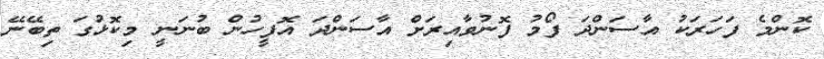
ކޮންމެ ފަހަރަކު އާސަންދަ ފޯމު ފޮނުވާއިރަށް އާސަންދަ އޮފީހުން ބުނަނީ މިކޮޅުގަ ތިބޭނޭ